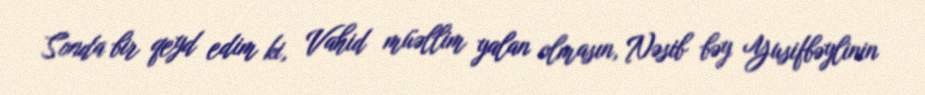
Sonda bir qeyd edim ki, Vahid müəllim yalan olmasın, Nəsib bəy Yusifbəylinin